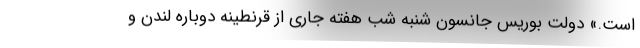
است.» دولت بوریس جانسون شنبه شب هفته جاری از قرنطینه دوباره لندن و